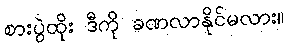
စားပွဲထိုး ဒီကို ခဏလာနိုင်မလား။